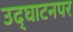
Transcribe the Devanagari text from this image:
उद्‌घाटनपर